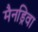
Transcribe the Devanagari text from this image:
मैनड्रिवा